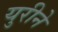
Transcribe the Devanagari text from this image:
युरीने